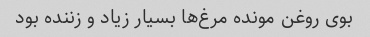
بوی روغن مونده مرغ‌ها بسیار زیاد و زننده بود